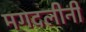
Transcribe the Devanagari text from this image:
मगदलीनी